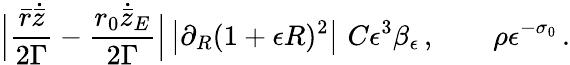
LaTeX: \Bigl|\frac{{\bar{r}}\dot{\bar{z}}}{2\Gamma}-\frac{r_{0}\dot{\bar{z}}_{E}}{2\Gamma}\Bigr|\, \bigl|\partial_{R}(1+\epsilon R)^{2}\bigr|\, \le\, C\epsilon^{3}\beta_{\epsilon}\, ,\qquad\rho\le\epsilon^{-\sigma_{0}}\, .